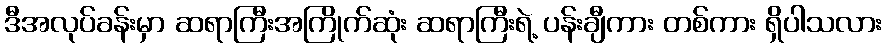
ဒီအလုပ်ခန်းမှာ ဆရာကြီးအကြိုက်ဆုံး ဆရာကြီးရဲ့ ပန်းချီကား တစ်ကား ရှိပါသလား